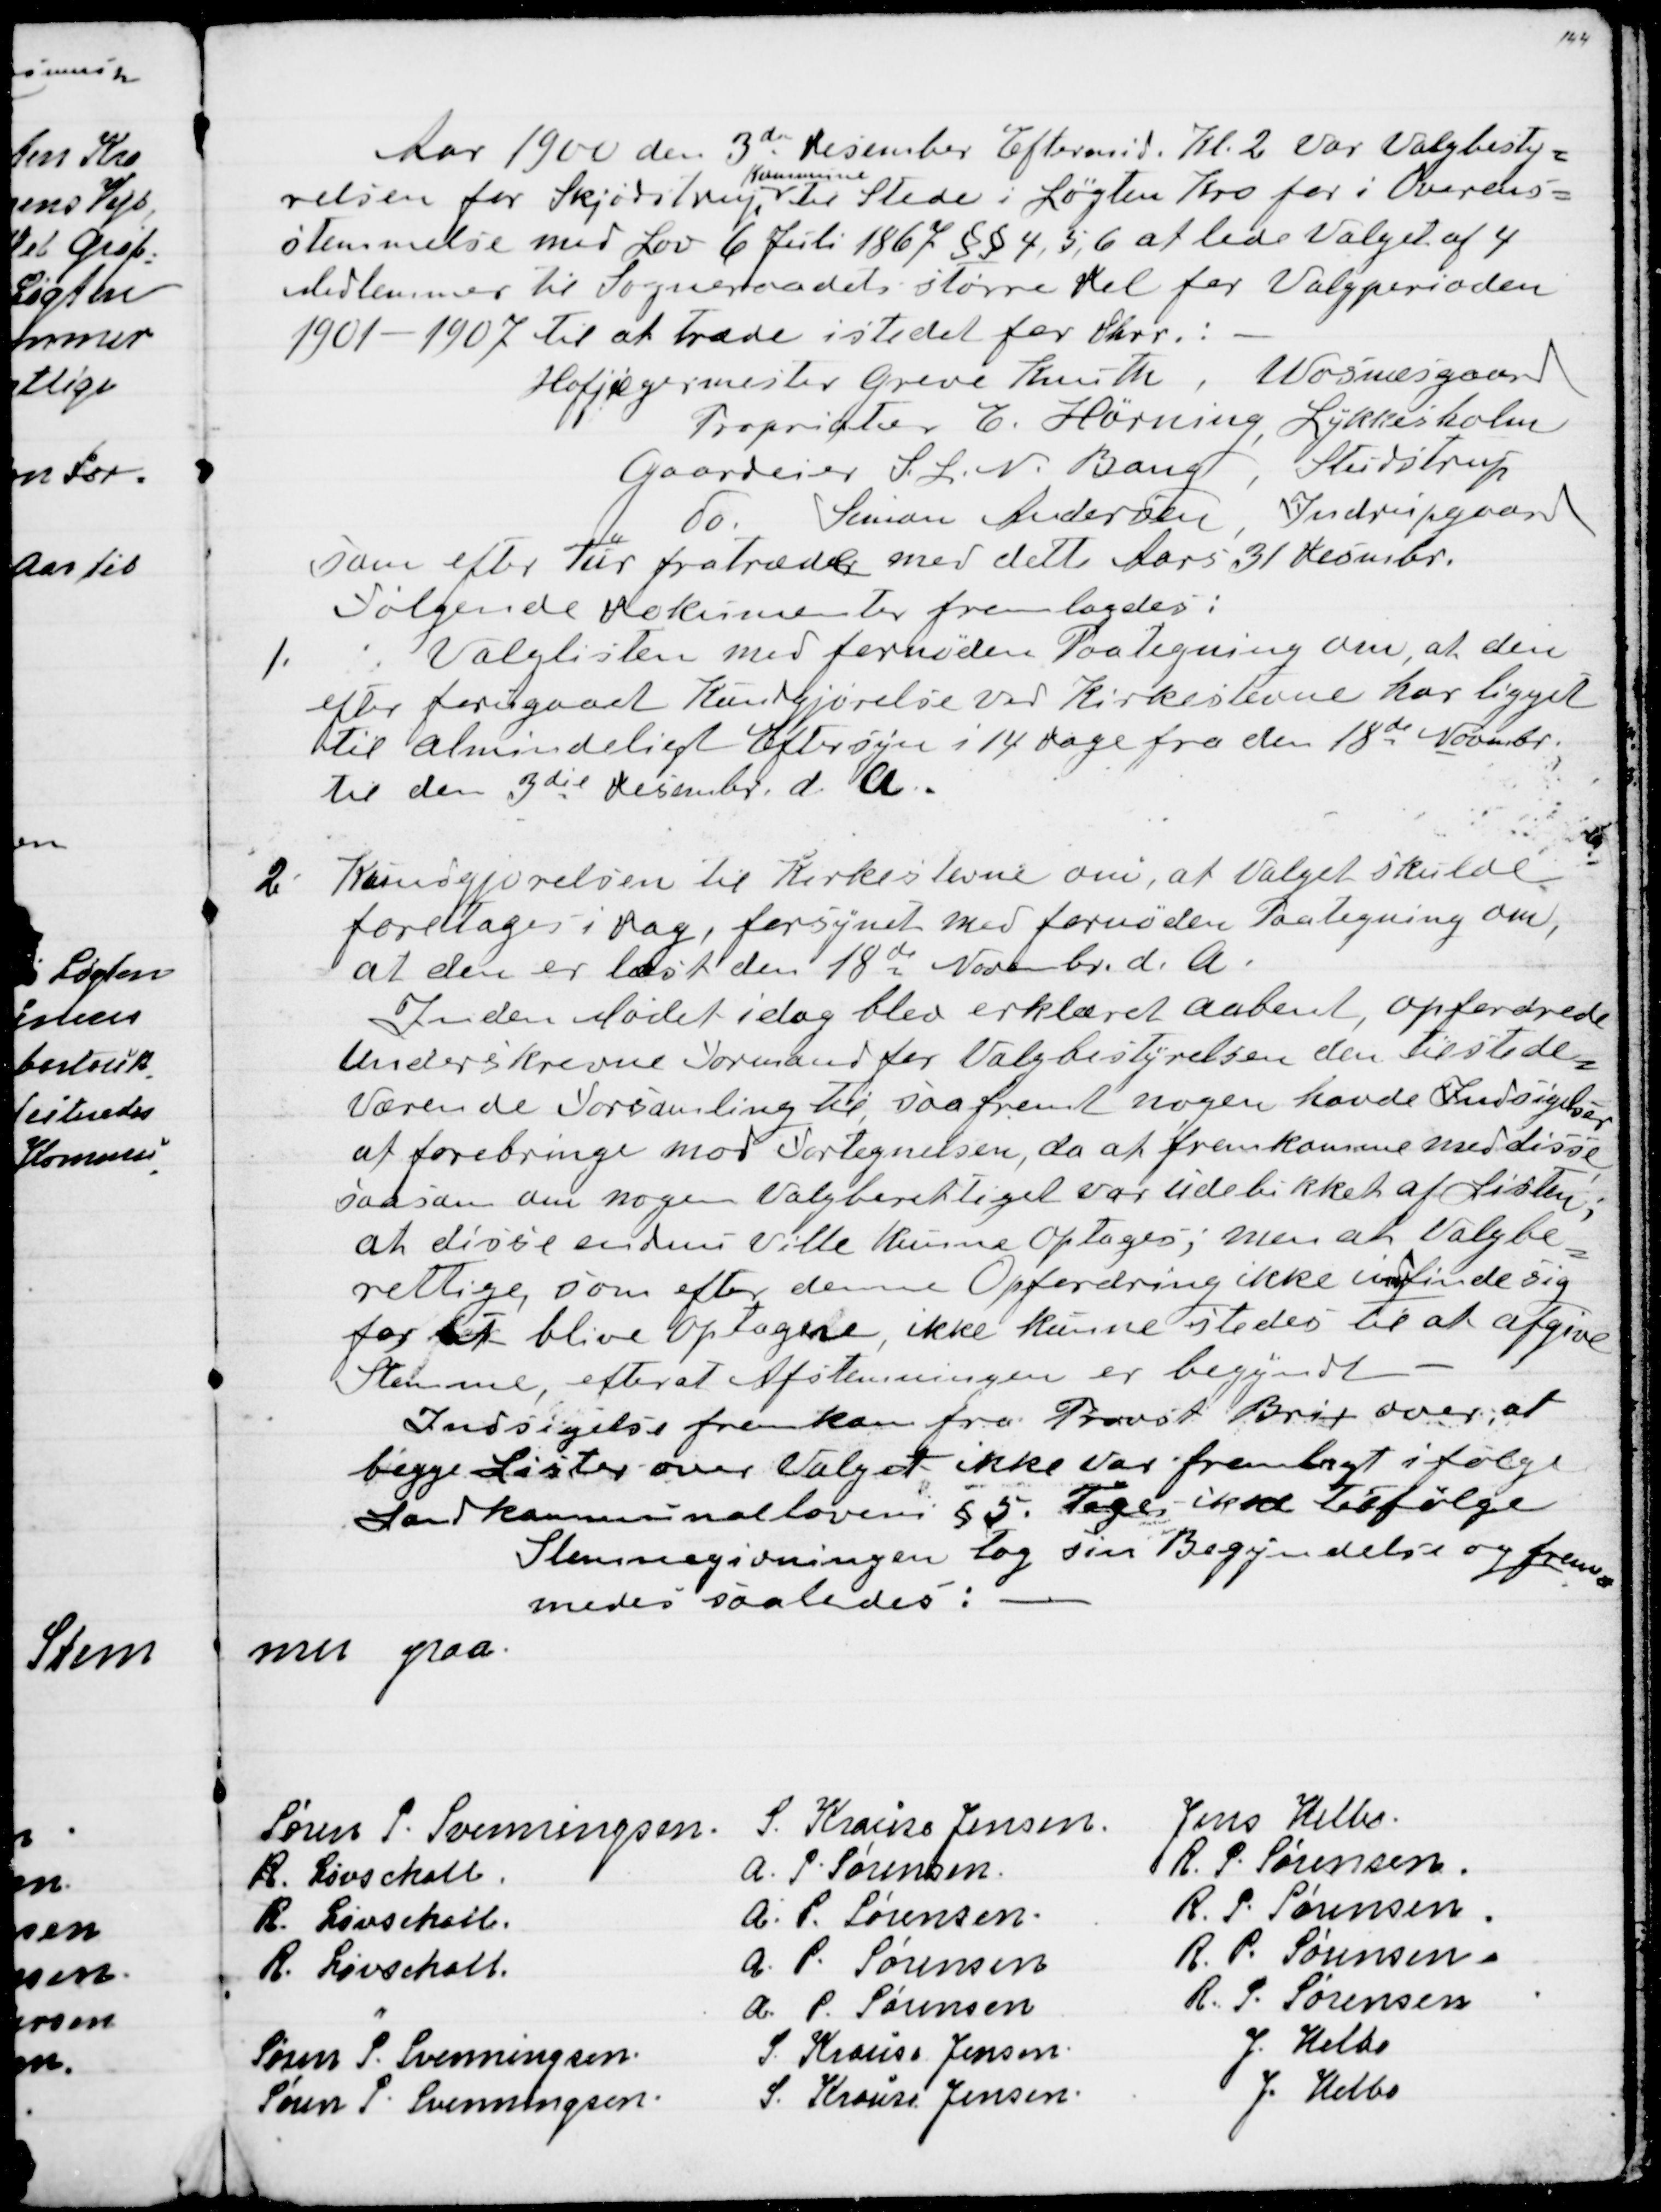
Transskription:
Aar 1900 den 3die December Eftermiddag Kl. 2 var Valgbesty=
relsen for Skjødstrup 
Kommune
til Stede i Løgten Kro for i Overens=
stemmelse med Lov 6 Juli 1867 §§ 4,5,6 at lede Valget af 4
Medlemmer til Sogneraadets større Del for Valgperioden
1901 - 1907 til at træde istedet for Dhrr:
Hofjægermester Greve Knuth, Wosnæsgaard
Propriatær E. Hørning, Lykkesholm
Gaardeier S. L. N. Bang, Studstrup
do. Simon Andersen, Indrupgaard
som efter Tur fratræder med dette Aars 31. Desmbr.
Følgende dokumenter fremlagdes:
1. Valglisten med fornøden Paategning om, at den
efter forudgaaet Kundgjørelse ved Kirkestævne har ligget
til almindeligt Eftersyn i 14 Dage fra den 18de Novmbr
til den 3die Desembr. d. A.
2. Kundgjørelsen til Kirkestævne om, at Valget skulde
foretages i Dag, forsynet med fornøden Paategning om,
at den er læst den 18de Novembr. d.A.
Inden Mødet idag blev erklæret aabent, opfordrede
Underskrevne Formand for Valgbestyrelsen den tilstede=
værende Forsamling til, saafremt nogen havde Indsigelser
at forebringe mod Fortegnelsen, da at fremkomme med disse,
saasom om nogen Valgberettiget var udelukket af Listen,
at disse endnu ville kunne optages, men at Valgbe
=
rettige, som efter denne Opfordring ikke indfinde sig
for at blive Optagne, ikke kunne stedes til at afgive
Stemme, efterat Afstemningen er begjyndt. -
Indsigelse fremkom fra Provst Brix over at
begge Lister over Valget ikke var fremlagt ifølge
Landkommunalloven § 5. Toges ikke tilfølge.
Stemmegivningen tog sin Begyndelse og frem
=
medes saaledes:

mer paa:
Søren P. Svenningsen
S. Krause Jensen.
Jens Helbo
R. Løvschall.
A. P. Sørensen.
R. P. Sørensen.
R. Løvschall.
A. P. Sørensen.
R. P. Sørensen.
R. Løvschall.
A. P. Sørensen.
R. P. Sørensen.
"
A.P. Sørensen
R. P. Sørensen
Søren P. Svenningsen.
S. Krause Jensen.
J. Helbo
Søren P. Svenningsen.
S. Krause Jensen.
J. Helbo